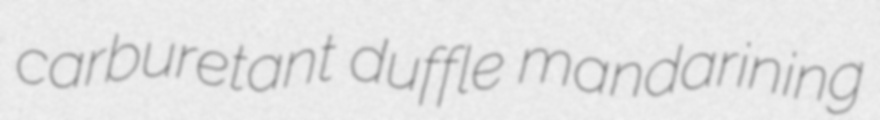
carburetant duffle mandarining